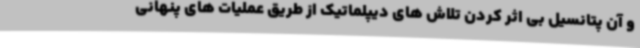
و آن پتانسیل بی اثر کردن تلاش های دیپلماتیک از طریق عملیات های پنهانی